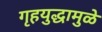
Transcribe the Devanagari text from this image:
गृहयुद्धामुळे